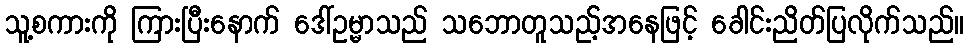
သူ့စကားကို ကြားပြီးနောက် ဒေါ်ဥမ္မာသည် သဘောတူသည့်အနေဖြင့် ခေါင်းညိတ်ပြလိုက်သည်။